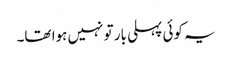
یہ کوئی پہلی بار تو نہیں ہوا تھا۔